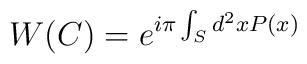
W(C)=e^{i\pi \int_{S}d^{2}xP(x)}